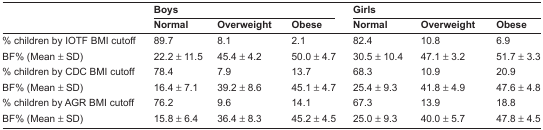
<table><thead><tr><td rowspan="2"></td><td colspan="3"><b>Boys</b></td><td colspan="3"><b>Girls</b></td></tr><tr><td><b>Normal</b></td><td><b>Overweight</b></td><td><b>Obese</b></td><td><b>Normal</b></td><td><b>Overweight</b></td><td><b>Obese</b></td></tr></thead><tbody><tr><td>% children by IOTF BMI cutoff</td><td>89.7</td><td>8.1</td><td>2.1</td><td>82.4</td><td>10.8</td><td>6.9</td></tr><tr><td>BF% (Mean ± SD)</td><td>22.2 ± 11.5</td><td>45.4 ± 4.2</td><td>50.0 ± 4.7</td><td>30.5 ± 10.4</td><td>47.1 ± 3.2</td><td>51.7 ± 3.3</td></tr><tr><td>% children by CDC BMI cutoff</td><td>78.4</td><td>7.9</td><td>13.7</td><td>68.3</td><td>10.9</td><td>20.9</td></tr><tr><td>BF% (Mean ± SD)</td><td>16.4 ± 7.1</td><td>39.2 ± 8.6</td><td>45.1 ± 4.7</td><td>25.4 ± 9.3</td><td>41.8 ± 4.9</td><td>47.6 ± 4.8</td></tr><tr><td>% children by AGR BMI cutoff</td><td>76.2</td><td>9.6</td><td>14.1</td><td>67.3</td><td>13.9</td><td>18.8</td></tr><tr><td>BF% (Mean ± SD)</td><td>15.8 ± 6.4</td><td>36.4 ± 8.3</td><td>45.2 ± 4.5</td><td>25.0 ± 9.3</td><td>40.0 ± 5.7</td><td>47.8 ± 4.5</td></tr></tbody></table>